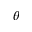
\theta